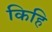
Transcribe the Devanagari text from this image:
किहि